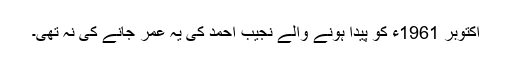
اکتوبر 1961ء کو پیدا ہونے والے نجیب احمد کی یہ عمر جانے کی نہ تھی۔